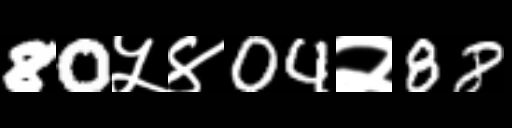
Text: 80५४04२88